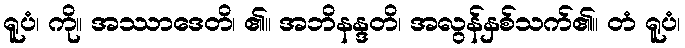
ရူပံ၊ ကို။ အဿာဒေတိ၊ ၏။ အဘိနန္ဒတိ၊ အလွန်နှစ်သက်၏။ တံ ရူပံ၊